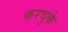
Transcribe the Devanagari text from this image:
करचुके